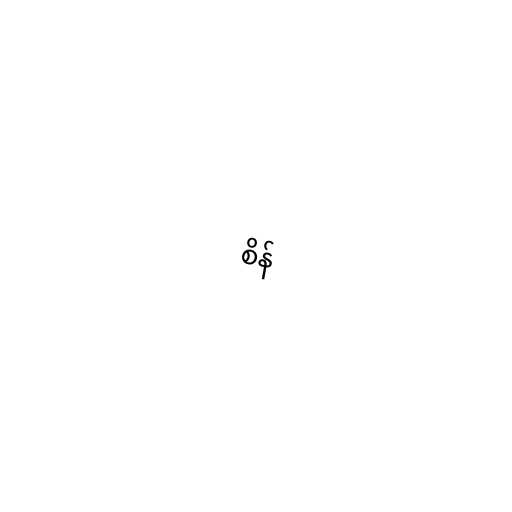
စိန်